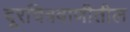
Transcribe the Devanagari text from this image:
दूरचित्रवाणीतील